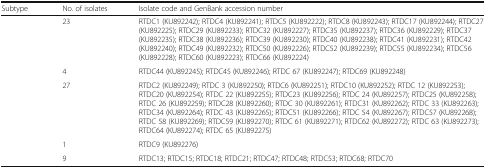
<table><thead><tr><td><b>Subtype</b></td><td><b>No. of isolates</b></td><td><b>Isolate code and GenBank accession number</b></td></tr></thead><tbody><tr><td>[EMPTY_CELL]</td><td>23</td><td>RTDC1 (KU892242); RTDC4 (KU892241); RTDC5 (KU892222); RTDC8 (KU892243); RTDC17 (KU892244); RTDC27 (KU892225); RTDC29 (KU892233); RTDC32 (KU892227); RTDC35 (KU892237); RTDC36 (KU892229); RTDC37 (KU892235); RTDC38 (KU892236); RTDC39 (KU892230); RTDC40 (KU892238); RTDC41 (KU892231); RTDC42 (KU892240); RTDC49 (KU892232); RTDC50 (KU892226); RTDC52 (KU892239); RTDC55 (KU892234); RTDC56 (KU892228); RTDC60 (KU892223); RTDC66 (KU892224)</td></tr><tr><td>[EMPTY_CELL]</td><td>4</td><td>RTDC44 (KU892245); RTDC45 (KU892246); RTDC 67 (KU892247); RTDC69 (KU892248)</td></tr><tr><td>[EMPTY_CELL]</td><td>27</td><td>RTDC2 (KU892249); RTDC 3 (KU892250); RTDC6 (KU892251); RTDC10 (KU892252); RTDC 12 (KU892253); RTDC20 (KU892254); RTDC 22 (KU892255); RTDC23 (KU892256); RTDC 24 (KU892257); RTDC25 (KU892258); RTDC 26 (KU892259); RTDC28 (KU892260); RTDC 30 (KU892261); RTDC31 (KU892262); RTDC 33 (KU892263); RTDC34 (KU892264); RTDC 43 (KU892265); RTDC51 (KU892266); RTDC 54 (KU892267); RTDC57 (KU892268); RTDC 58 (KU892269); RTDC59 (KU892270); RTDC 61 (KU892271); RTDC62 (KU892272); RTDC 63 (KU892273); RTDC64 (KU892274); RTDC 65 (KU892275)</td></tr><tr><td>[EMPTY_CELL]</td><td>1</td><td>RTDC9 (KU892276)</td></tr><tr><td>[EMPTY_CELL]</td><td>9</td><td>RTDC13; RTDC15; RTDC18; RTDC21; RTDC47; RTDC48; RTDC53; RTDC68; RTDC70</td></tr></tbody></table>